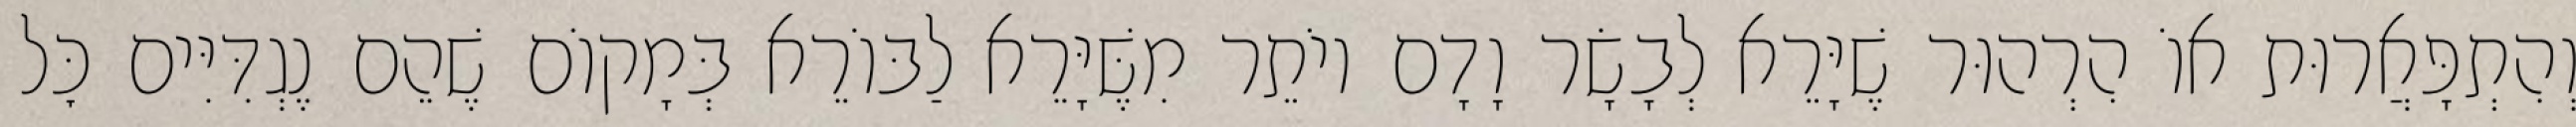
וְהִתְפָּאֲרוּת אוֹ הִרְהוּר שֶׁיָּרֵא לְבָשָׂר וָדָם יוֹתֵר מִשֶּׁיָּרֵא לַבּוֹרֵא בְּמָקוֹם שֶׁהֵם נֶגְדִּיִּים כׇּל